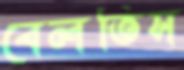
বেলতিস